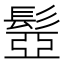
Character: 𩭯